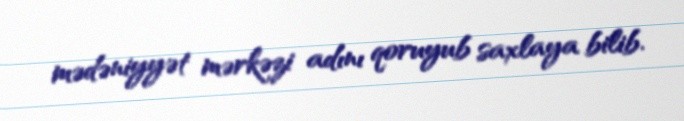
mədəniyyət mərkəzi adını qoruyub saxlaya bilib.